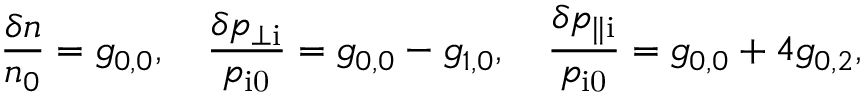
\frac { \delta n } { n _ { 0 } } = g _ { 0 , 0 } , \quad \frac { \delta p _ { \perp \mathrm { i } } } { p _ { \mathrm { i 0 } } } = g _ { 0 , 0 } - g _ { 1 , 0 } , \quad \frac { \delta p _ { \parallel \mathrm { i } } } { p _ { \mathrm { i 0 } } } = g _ { 0 , 0 } + 4 g _ { 0 , 2 } ,